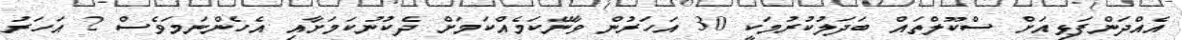
އެއްދަންފަޅިއަށް ސްކޫލްތައް ބަދަލުކުރުމަކީ 30 އަހަރުން ވާނޭކަމެއްކަމަށް ދެކުނުކަމަށާއި އެހެންނަމަވެސް 2 އަހަރު